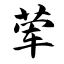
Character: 荤